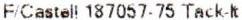
F/CASTELL 187057-75 TACK-IT